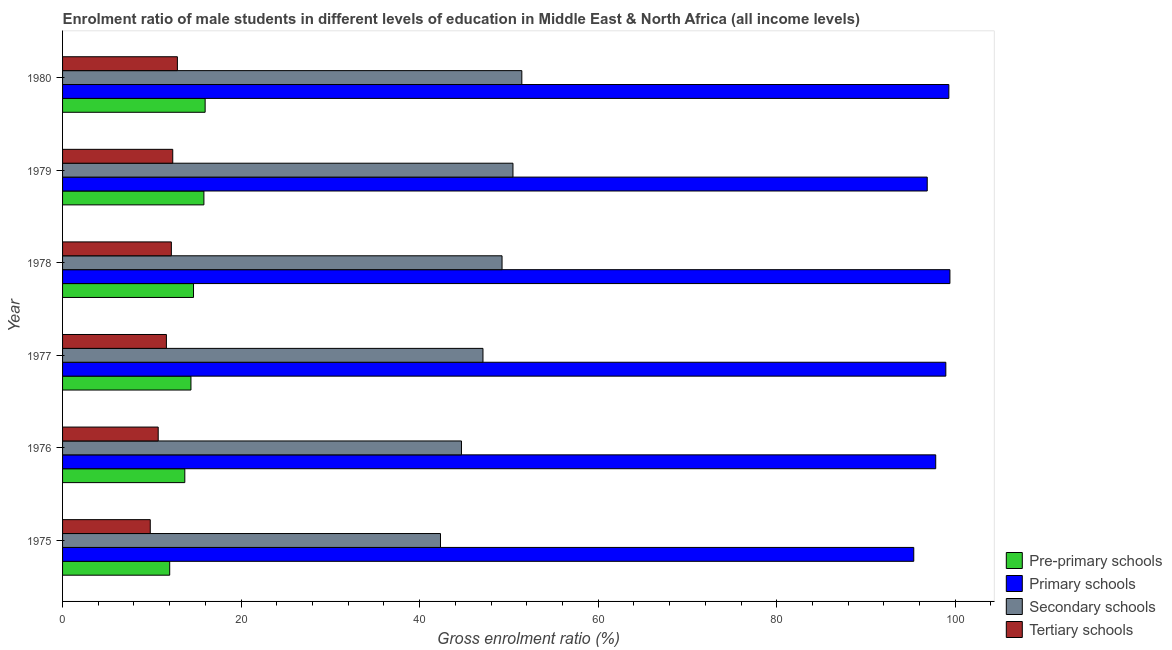
| Year | Pre-primary schools | Primary schools | Secondary schools | Tertiary schools |
 | --- | --- | --- | --- | --- |
 | 1975 | 12 | 95.4 | 42.3 | 9.82 |
 | 1976 | 13.7 | 97.8 | 44.7 | 10.7 |
 | 1977 | 14.4 | 98.9 | 47.1 | 11.6 |
 | 1978 | 14.7 | 99.4 | 49.2 | 12.2 |
 | 1979 | 15.8 | 96.9 | 50.5 | 12.3 |
 | 1980 | 16 | 99.3 | 51.4 | 12.9 |